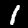
Label: 1